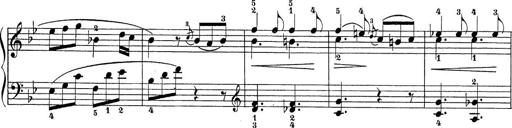
Title: Sonatina Album
Composer: Louis KÃ¶hler